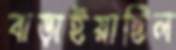
বাড়াইয়াছিল